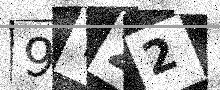
Text: 9Y22